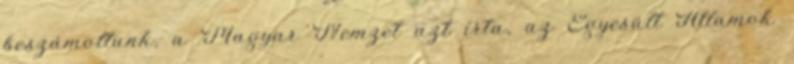
beszámoltunk, a Magyar Nemzet azt írta, az Egyesült Államok